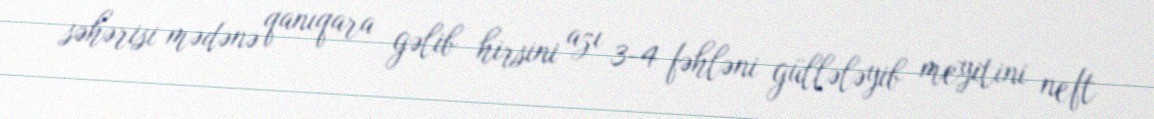
səhərisi mədənə qanıqara gəlib hirsini azı 3-4 fəhləni güllələyib meyitini neft